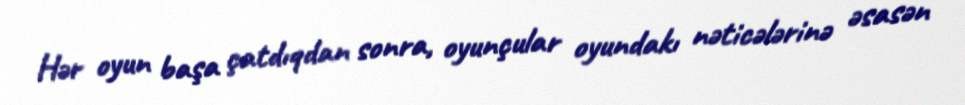
Hər oyun başa çatdıqdan sonra, oyunçular oyundakı nəticələrinə əsasən